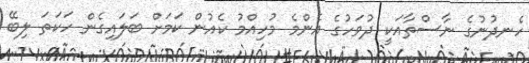
ހެނދުނުގެ ނާސްތާއަކީ ދުވަހުގެ އެންމެ މުހިއްމު ކެއުން ކަމަށް ބަލައިގެން ހަކަތަ ލިބޭ